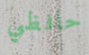
حافظي